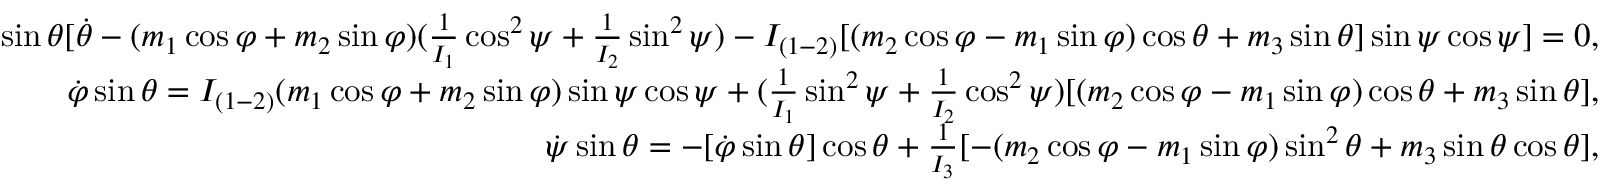
\begin{array} { r } { \sin \theta [ \dot { \theta } - ( m _ { 1 } \cos \varphi + m _ { 2 } \sin \varphi ) ( \frac { 1 } { I _ { 1 } } \cos ^ { 2 } \psi + \frac { 1 } { I _ { 2 } } \sin ^ { 2 } \psi ) - I _ { ( 1 - 2 ) } [ ( m _ { 2 } \cos \varphi - m _ { 1 } \sin \varphi ) \cos \theta + m _ { 3 } \sin \theta ] \sin \psi \cos \psi ] = 0 , \quad } \\ { \dot { \varphi } \sin \theta = I _ { ( 1 - 2 ) } ( m _ { 1 } \cos \varphi + m _ { 2 } \sin \varphi ) \sin \psi \cos \psi + ( \frac { 1 } { I _ { 1 } } \sin ^ { 2 } \psi + \frac { 1 } { I _ { 2 } } \cos ^ { 2 } \psi ) [ ( m _ { 2 } \cos \varphi - m _ { 1 } \sin \varphi ) \cos \theta + m _ { 3 } \sin \theta ] , \quad } \\ { \dot { \psi } \sin \theta = - [ \dot { \varphi } \sin \theta ] \cos \theta + \frac { 1 } { I _ { 3 } } [ - ( m _ { 2 } \cos \varphi - m _ { 1 } \sin \varphi ) \sin ^ { 2 } \theta + m _ { 3 } \sin \theta \cos \theta ] , \quad } \end{array}